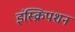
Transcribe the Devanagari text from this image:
इंस्क्रिपशन